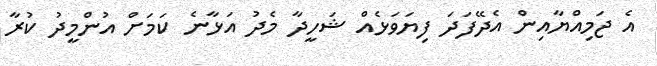
އެ ޖަމިއްޔާއިން އެދޭފަދަ ފިޔަވަޅެއް ޝަހީދާ މެދު އަޅާނެ ކަމަށް އުންމީދު ކުރާ